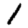
Digit: 1